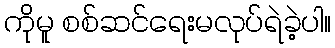
ကိုမူ စစ်ဆင်ရေးမလုပ်ရဲခဲ့ပါ။